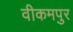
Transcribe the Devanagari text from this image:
वीकमपुर